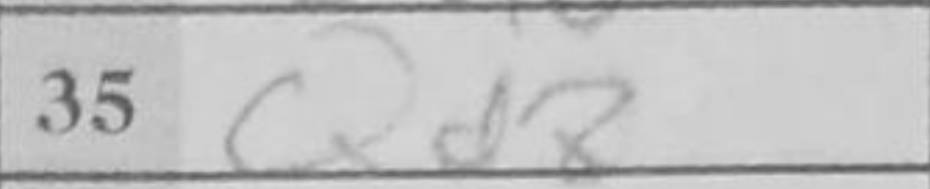
Transcription: Qd8